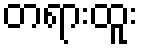
တရားထူး